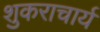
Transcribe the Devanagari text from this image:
शुकराचार्य